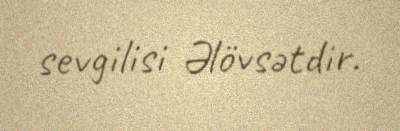
sevgilisi Əlövsətdir.